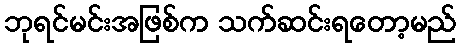
ဘုရင်မင်းအဖြစ်က သက်ဆင်းရတော့မည်